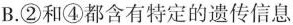
B.②和④都含有特定的遗传信息